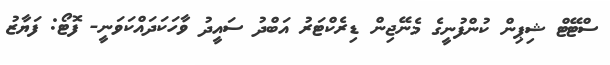
ސްޓޭޓް ޝިޕިން ކުންފުނީގެ މެނޭޖިން ޑިރެކްޓަރު އަބްދު ސައީދު ވާހަކަދައްކަވަނީ- ފޮޓޯ: ފަޔާޒު